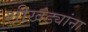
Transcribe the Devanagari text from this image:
शीखंड्यांना